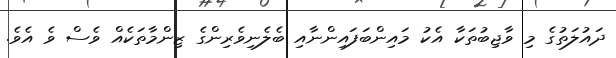
ދައުލަތުގެ މި ވާޖިބުތަކާ އެކު މައިންބަފައިންނާއި ބެލެނިވެރިންގެ ޒިންމާތަކެއް ވެސް ވެ އެވެ.